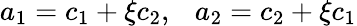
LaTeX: a_{1}=c_{1}+\xi c_{2},~~~a_{2}=c_{2}+\xi c_{1}